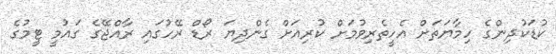
ކުޑަކުދިންގެ ހިމާޔަތަށް އެހީތެރިވުމަށް ކުރިއަށް ގެންދިޔަ ރޯޑް ރޭހުގައި ރާއްޖޭގެ ގައުމީ ޓީމުގެ